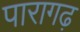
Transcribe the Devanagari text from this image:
पारागढ़